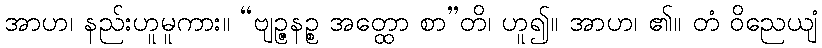
အာဟ၊ နည်းဟူမူကား။ “ဗျဉ္ဇနဉ္စ အတ္ထော စာ”တိ၊ ဟူ၍။ အာဟ၊ ၏။ တံ ဝိညေယျံ